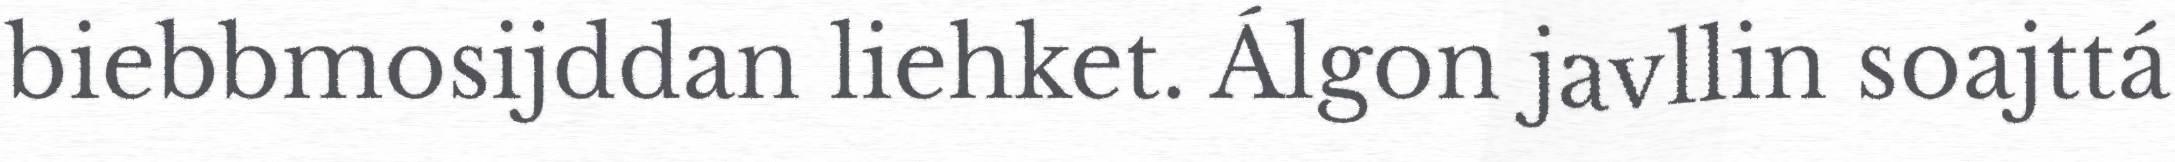
biebbmosijddan liehket. Álgon javllin soajttá